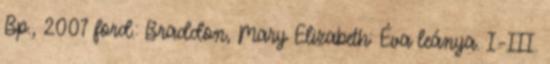
Bp., 2007 ford.: Braddon, Mary Elizabeth: Éva leánya. I–III.